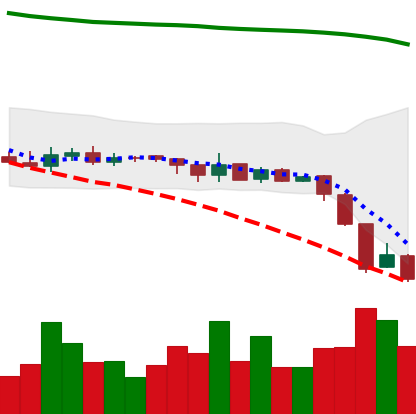
Ticker: XRP-USD
Chart end date: 2018-08-10
Forward return: -11.991%
Label: down_7plus